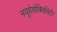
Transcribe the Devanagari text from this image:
नयूरोतोक्सिसिटी